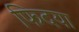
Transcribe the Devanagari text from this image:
फिदया